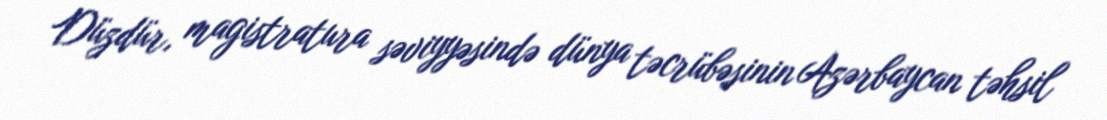
Düzdür, magistratura səviyyəsində dünya təcrübəsinin Azərbaycan təhsil